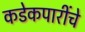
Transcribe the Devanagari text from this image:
कडेकपारींचे